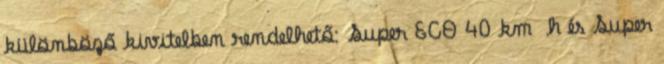
különböző kivitelben rendelhető: Super ECO 40 km h és Super